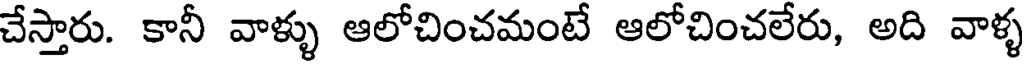
చేస్తారు. కానీ వాళ్ళు ఆలోచించమంటే ఆలోచించలేరు, అది వాళ్ళ